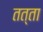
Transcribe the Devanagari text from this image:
तत्ता